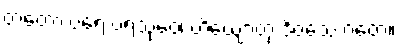
တတော ပရေ ပရသုဝေ၊ ဟိယျောတု ဒိဝသေ ဂတေ။